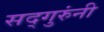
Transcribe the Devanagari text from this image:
सद्गुरुंनी